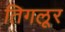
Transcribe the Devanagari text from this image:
तिगलूर